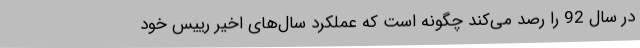
در سال 92 را رصد می‌کند چگونه است که عملکرد سال‌های اخیر رییس خود